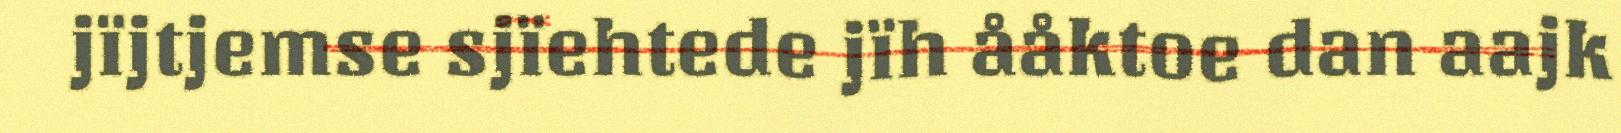
jïjtjemse sjïehtede jïh ååktoe dan aajk